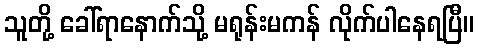
သူတို့ ခေါ်ရာနောက်သို့ မရုန်းမကန် လိုက်ပါနေရပြီ။